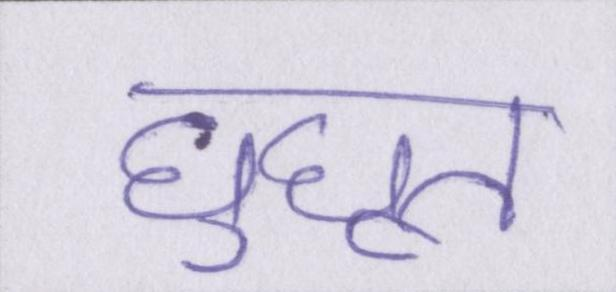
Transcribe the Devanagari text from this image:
घुघूत